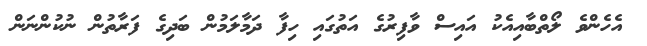
އެހެންވެ ލޯތްބާއިއެކު އައިސް ވާފިރުގެ އަތުގައި ހިފާ ދަމާލަމުން ބަދިގެ ފަރާތުން ނުކުންނަން